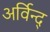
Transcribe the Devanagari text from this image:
अर्विन्द्